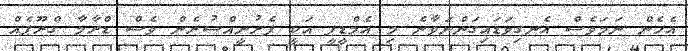
އެހެން ނަމަވެސް އެނގިވަޑައިގަންނަވާނެ މި އެމްޑީޕީ އަކީ ފެށުނީއްސުރެން ވެސް ޑްރާމާ ގްރޫޕެއް